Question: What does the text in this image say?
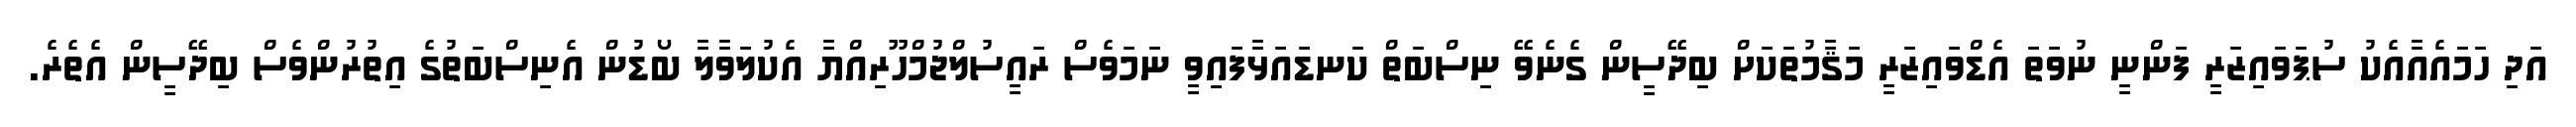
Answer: އަދި ހަމައެއާއެކު ސުޕަވައިޒަރީ ފަންނީ ނުވަތަ އެޑްވައިޒަރީ މަޤާމުތަކަށް ބިދޭސީން ގެނެވޭ ނިސްބަތް ކަނޑައަޅާފައިވީ ނަމަވެސް ރައީސުލްޖުމްހޫރިއްޔާ އެކުލަވާލާ ބޯޑުން އެނިސްބަތުގެ އިތުރުންވެސް ބިދޭސީން އެތެރެ.